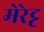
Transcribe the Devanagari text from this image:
मेरेट्ट